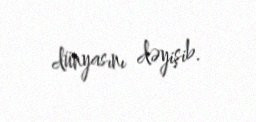
dünyasını dəyişib.